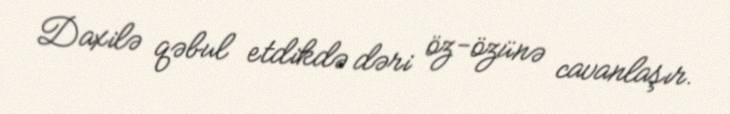
Daxilə qəbul etdikdə dəri öz-özünə cavanlaşır.